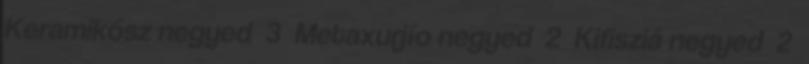
Keramikósz negyed 3 Metaxurjío negyed 2 Kifisziá negyed 2